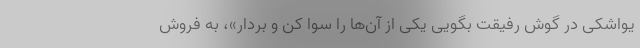
یواشکی در گوش رفیقت بگویی یکی از آن‌ها را سوا کن و بردار»، به فروش